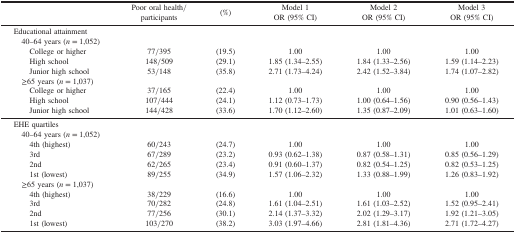
<table><thead><tr><td rowspan="2"><b> </b></td><td rowspan="2"><b>Poor oral health/participants</b></td><td rowspan="2"><b>(%)</b></td><td><b>Model 1</b></td><td><b>Model 2</b></td><td><b>Model 3</b></td></tr><tr><td><b>OR (95% CI)</b></td><td><b>OR (95% CI)</b></td><td><b>OR (95% CI)</b></td></tr></thead><tbody><tr><td>Educational attainment</td><td> </td><td> </td><td> </td><td> </td><td> </td></tr><tr><td> 40–64 years (<i>n</i> = 1,052)</td><td> </td><td> </td><td> </td><td> </td><td> </td></tr><tr><td>College or higher</td><td>77/395</td><td>(19.5)</td><td>1.00</td><td>1.00</td><td>1.00</td></tr><tr><td>High school</td><td>148/509</td><td>(29.1)</td><td>1.85 (1.34–2.55)</td><td>1.84 (1.33–2.56)</td><td>1.59 (1.14–2.23)</td></tr><tr><td>Junior high school</td><td>53/148</td><td>(35.8)</td><td>2.71 (1.73–4.24)</td><td>2.42 (1.52–3.84)</td><td>1.74 (1.07–2.82)</td></tr><tr><td> ≥65 years (<i>n</i> = 1,037)</td><td> </td><td> </td><td> </td><td> </td><td> </td></tr><tr><td>College or higher</td><td>37/165</td><td>(22.4)</td><td>1.00</td><td>1.00</td><td>1.00</td></tr><tr><td>High school</td><td>107/444</td><td>(24.1)</td><td>1.12 (0.73–1.73)</td><td>1.00 (0.64–1.56)</td><td>0.90 (0.56–1.43)</td></tr><tr><td>Junior high school</td><td>144/428</td><td>(33.6)</td><td>1.70 (1.12–2.60)</td><td>1.35 (0.87–2.09)</td><td>1.01 (0.63–1.60)</td></tr><tr><td>EHE quartiles</td><td> </td><td> </td><td> </td><td> </td><td> </td></tr><tr><td> 40–64 years (<i>n</i> = 1,052)</td><td> </td><td> </td><td> </td><td> </td><td> </td></tr><tr><td>4th (highest)</td><td>60/243</td><td>(24.7)</td><td>1.00</td><td>1.00</td><td>1.00</td></tr><tr><td>3rd</td><td>67/289</td><td>(23.2)</td><td>0.93 (0.62–1.38)</td><td>0.87 (0.58–1.31)</td><td>0.85 (0.56–1.29)</td></tr><tr><td>2nd</td><td>62/265</td><td>(23.4)</td><td>0.91 (0.60–1.37)</td><td>0.82 (0.54–1.25)</td><td>0.82 (0.53–1.25)</td></tr><tr><td>1st (lowest)</td><td>89/255</td><td>(34.9)</td><td>1.57 (1.06–2.32)</td><td>1.33 (0.88–1.99)</td><td>1.26 (0.83–1.92)</td></tr><tr><td> ≥65 years (<i>n</i> = 1,037)</td><td> </td><td> </td><td> </td><td> </td><td> </td></tr><tr><td>4th (highest)</td><td>38/229</td><td>(16.6)</td><td>1.00</td><td>1.00</td><td>1.00</td></tr><tr><td>3rd</td><td>70/282</td><td>(24.8)</td><td>1.61 (1.04–2.51)</td><td>1.61 (1.03–2.52)</td><td>1.52 (0.95–2.41)</td></tr><tr><td>2nd</td><td>77/256</td><td>(30.1)</td><td>2.14 (1.37–3.32)</td><td>2.02 (1.29–3.17)</td><td>1.92 (1.21–3.05)</td></tr><tr><td>1st (lowest)</td><td>103/270</td><td>(38.2)</td><td>3.03 (1.97–4.66)</td><td>2.81 (1.81–4.36)</td><td>2.71 (1.72–4.27)</td></tr></tbody></table>